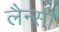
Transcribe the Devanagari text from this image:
लैन्सी